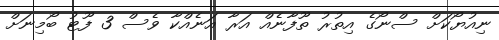
ނިއުޔޯކަށް ސްނޯގެ އިތުރު ތޫފާނެއް އަރާ އަނެއްކާ ވެސް 3 ފޫޓު ބޯމިނަށް